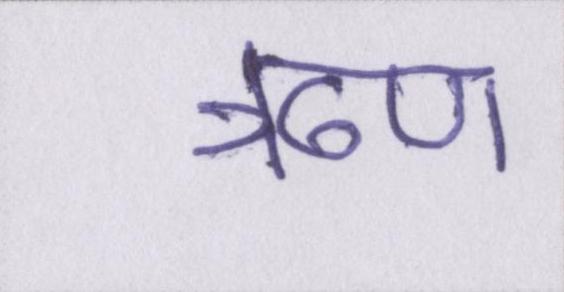
ॠण